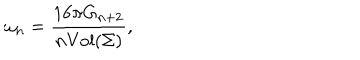
\omega _ { n } = \frac { 1 6 \pi G _ { n + 2 } } { n \mathrm { V o l } ( \Sigma ) } ,